Annual report on the working of the mental hospitals in the Madras Presidency - 1912-1932
Year: 1912
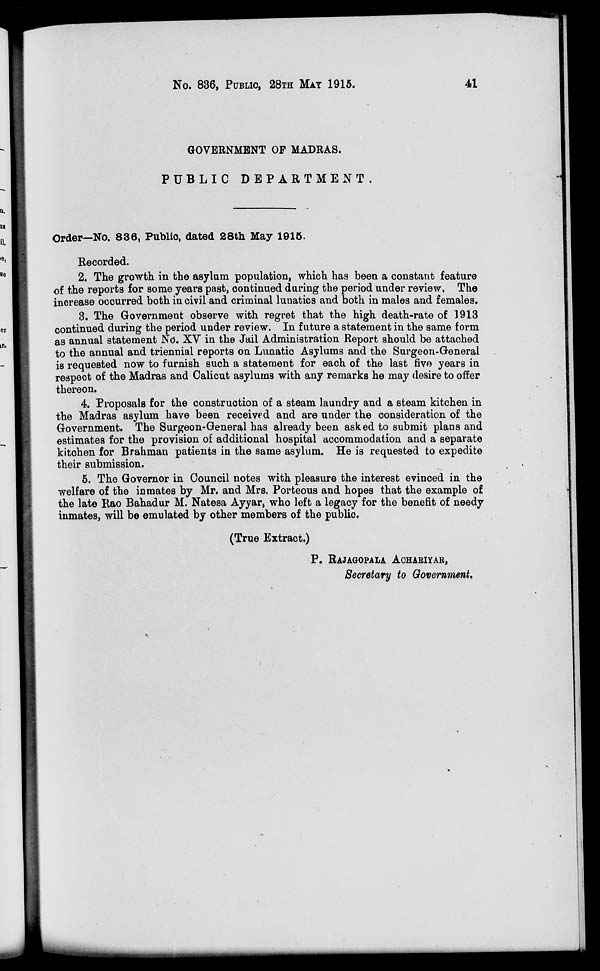
No. 836, PUBLIC, 28TH MAY 1915.
41
GOVERNMENT OF MADRAS.
PUBLIC
DEPARTMENT.
Order—No. 836, Public, dated 28th May 1915.
Recorded.
2. The growth in the asylum population, which has been a constant feature
of the reports for some years past, continued during the period under review. The
increase occurred both in civil and criminal lunatics and both in males and females.
3. The Government observe with regret that the high death-rate of 1913
continued during the period under review. In future a statement in the same form
as annual statement No. XV in the Jail Administration Report should be attached
to the annual and triennial reports on Lunatic Asylums and the Surgeon-General
is requested now to furnish such a statement for each of the last five years in
respect of the Madras and Calicut asylums with any remarks he may desire to offer
thereon.
4. Proposals for the construction of a steam laundry and a steam kitchen in
the Madras asylum have been received and are under the consideration of the
Government. The Surgeon-General has already been asked to submit plans and
estimates for the provision of additional hospital accommodation and a separate
kitchen for Brahman patients in the same asylum. He is requested to expedite
their submission.
5. The Governor in Council notes with pleasure the interest evinced in the
welfare of the inmates by Mr. and Mrs. Porteous and hopes that the example of
the late Rao Bahadur M. Natesa Ayyar, who left a legacy for the benefit of needy
inmates, will be emulated by other members of the public.
(True Extract.)
P. RAJAGOPALA ACHARIYAR,
Secretary to Government.